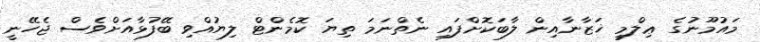
މައުމޫނުގެ ޢިލްމީ ޚަޒާނާއިން ލާބަކޮށްފައި ނެތްނަމަ ތިޔަ ކޮމެންޓް ލިޔުއްވި ބޭފުޅާއަށްވެސް ޖެހޭނީ